Notes on vaccination in the North-West Frontier Province 1923-1928 - 1923-1928
Year: 1923
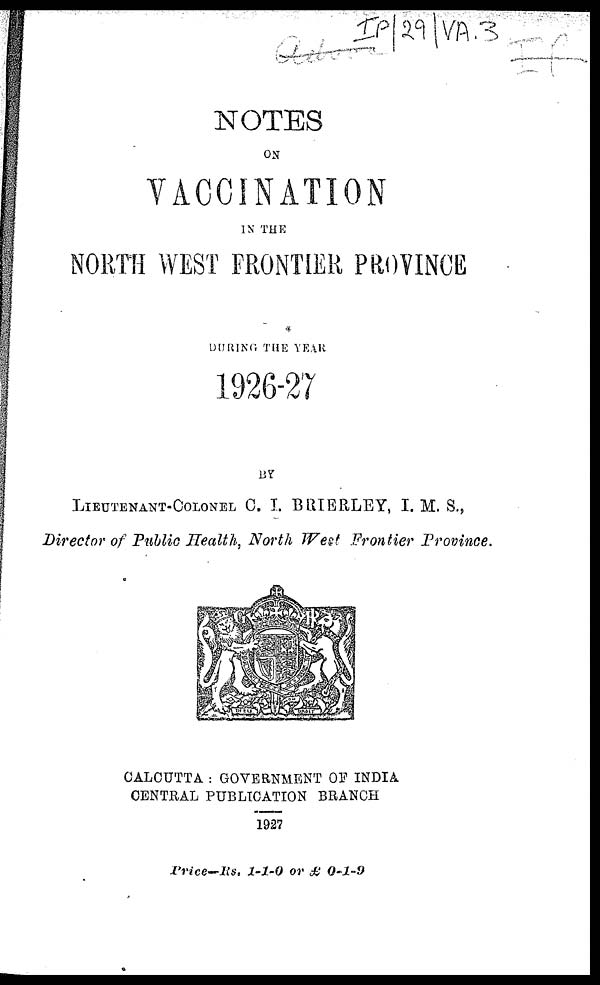
NOTES
ON
VACCINATION
IN THE
NORTH WEST FRONTIER PROVINCE
DURING THE YEAR
1926-27
BY
LIEUTENANT-COLONEL C. I. BRIERLEY, I. M. S.,
Director of Public Health, North West Frontier Province.
CALCUTTA : GOVERNMENT OF INDIA
CENTRAL PUBLICATION BRANCH
1927
Price—Rs. 1-1-0 or £ 0-1-9